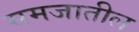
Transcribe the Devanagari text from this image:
समजातील